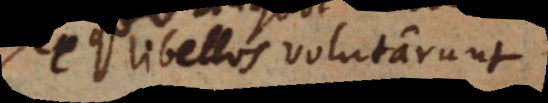
libellos volutarunt